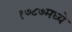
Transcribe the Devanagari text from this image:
१७८७मध्ये